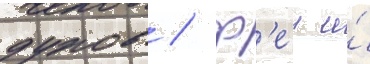
духов / ф'еи и́